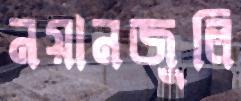
নয়ানজুলি